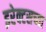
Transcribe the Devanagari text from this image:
इरेक्टसच्या